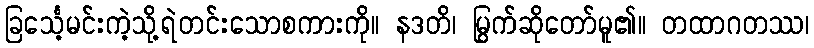
ခြင်္သေ့မင်းကဲ့သို့ရဲတင်းသောစကားကို။ နဒတိ၊ မြွက်ဆိုတော်မူ၏။ တထာဂတဿ၊